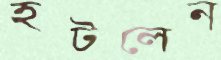
হটলেন